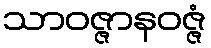
သာဝဇ္ဇာနဝဇ္ဇံ